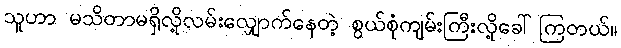
သူဟာ မသိတာမရှိလို့လမ်းလျှောက်နေတဲ့ စွယ်စုံကျမ်းကြီးလို့ခေါ်ကြတယ်။